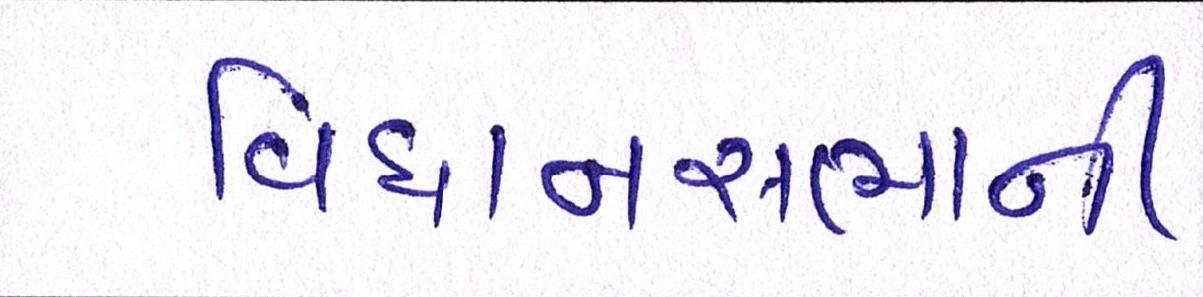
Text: વિધાનસભાની